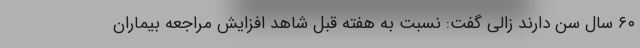
۶۰ سال سن دارند زالی گفت: نسبت به هفته قبل شاهد افزایش مراجعه بیماران